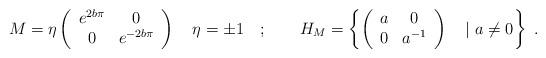
LaTeX: \begin{align*}M=\eta \left( \begin{array}{cc}e^{2b\pi } & 0\\0 & e^{-2b\pi }\end{array}\right) \quad \eta =\pm 1\quad ;\qquad H_{M}=\left\{ \left( \begin{array}{cc}a & 0\\0 & a^{-1}\end{array}\right) \quad \vert \, \, a\neq 0\right\} \, \, .\end{align*}